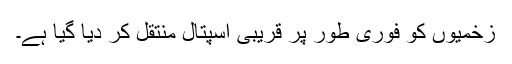
زخمیوں کو فوری طور پر قریبی اسپتال منتقل کر دیا گیا ہے۔